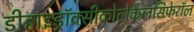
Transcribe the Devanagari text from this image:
डीहाइड्रॉक्सीकोलेकैलसिफ़ेरॉल